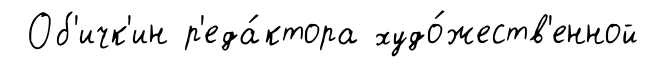
Об'ичк'ин р'еда́ктора худо́жеств'енной